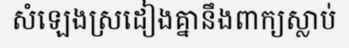
សំឡេងស្រដៀងគ្នានឹងពាក្យស្លាប់